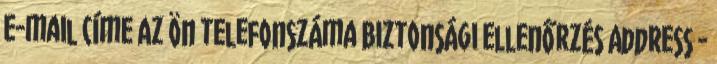
e-mail címe Az Ön telefonszáma Biztonsági ellenőrzés Address -